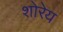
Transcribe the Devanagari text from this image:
शोरेय